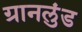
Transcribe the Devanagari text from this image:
ग्रानलुंड